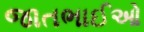
જાતભાઈઓ